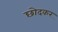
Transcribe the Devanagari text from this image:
छोदकर